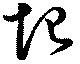
圯